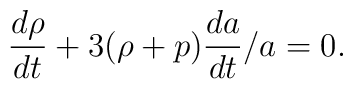
{{d\rho}\over{dt}} + 3(\rho + p){{da}\over{dt}}/a = 0.